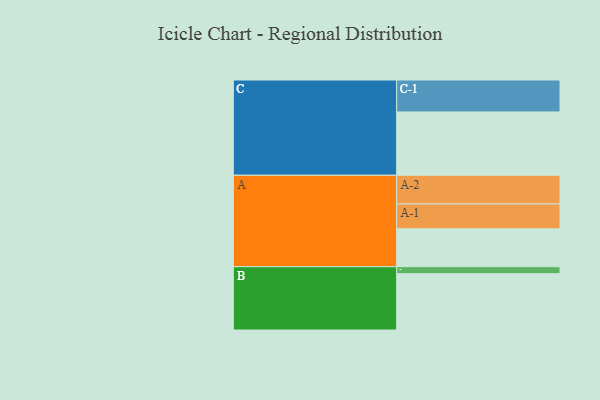
{"axis": {"x": "Segment", "y": "Value"}, "legend": ["", "A", "B", "C"], "data": [{"x": "A", "y": 317, "type": ""}, {"x": "B", "y": 471, "type": ""}, {"x": "C", "y": 529, "type": ""}, {"x": "A-1", "y": 208, "type": "A"}, {"x": "A-2", "y": 239, "type": "A"}, {"x": "B-1", "y": 58, "type": "B"}, {"x": "C-1", "y": 267, "type": "C"}]}